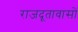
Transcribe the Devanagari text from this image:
राजदूतावासों